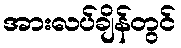
အားလပ်ချိန်တွင်